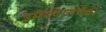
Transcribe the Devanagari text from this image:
उमेदवारांपैकी